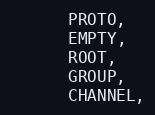
Language: C
      PROTO,
      EMPTY,
      ROOT,
      GROUP,
      CHANNEL,